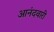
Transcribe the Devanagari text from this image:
आनंदवारी